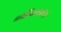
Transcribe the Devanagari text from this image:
व्लादिकावकाज़